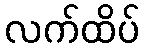
လက်ထိပ်